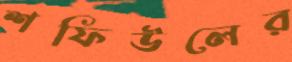
শফিউলের